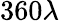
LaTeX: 360\lambda